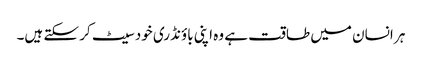
ہر انسان میں طاقت ہے وہ اپنی باؤنڈری خود سیٹ کر سکتے ہیں۔